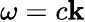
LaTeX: \omega=c\mathbf{k}